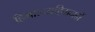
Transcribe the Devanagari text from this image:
हिमालयहिमनदों